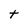
Character: t